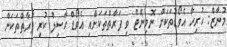
މުނާޒް: ހުރިހާ އެވޯޑުތަކަށް ނޮމިނޭޓް ވި ފަރާތްތަކަށާއި އެވޯޑް ހާސިލް ކުރި ފަރާތްތަކަށް